Report on vaccination in the Province of Bengal - 1874-1889
Year: 1874
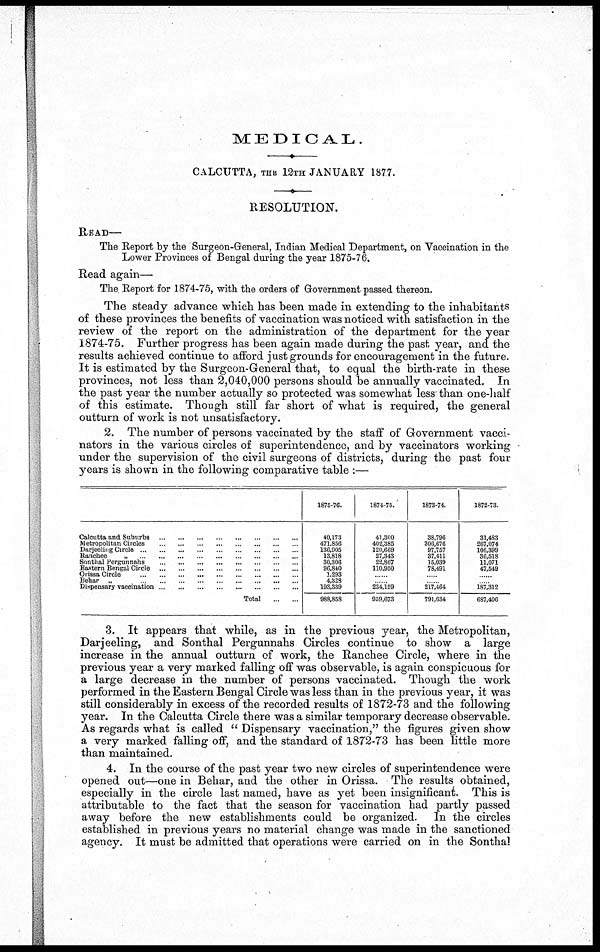
MEDICAL.
CALCUTTA, THE 12TH JANUARY 1877.
RESOLUTION.
READ—
The Report by the Surgeon-General, Indian Medical Department, on Vaccination in the
Lower Provinces of Bengal during the year 1875-76.
Read again—
The Report for 1874-75, with the orders of Government passed thereon.
The steady advance which has been made in extending to the inhabitants
of these provinces the benefits of vaccination was noticed with satisfaction in the
review of the report on the administration of the department for the year
1874-75. Further progress has been again made during the past year, and the
results achieved continue to afford just grounds for encouragement in the future.
It is estimated by the Surgeon-General that, to equal the birth-rate in these
provinces, not less than 2,040,000 persons should be annually vaccinated. In
the past year the number actually so protected was somewhat less' than one-half
of this estimate. Though still far short of what is required, the general
outturn of work is not unsatisfactory.
2. The number of persons vaccinated by the staff of Government vacci-
nators in the various circles of superintendence, and by vaccinators working
under the supervision of the civil surgeons of districts, during the past four
years is shown in the following comparative table :—
Calcutta and Suburbs ... ... ... ... ... ... ... ...
Metropolitan ... ... ... ... ... ... ... ...
Darjeeling Circle ... ... ... ... ... ... ... ... ...
Ranchee
„
...
...
...
...
...
...
...
...
...
Sonthal Pergunnahs
...
...
...
...
...
...
...
...
Eastern Bengal Circle
...
...
...
...
...
...
...
...
...
Orissa Circle
...
...
...
...
...
...
...
...
...
Behar „
...
...
...
...
...
...
...
...
...
Dispensary vaccination
...
...
...
...
...
...
...
...
Total
...
...
1875-76.
40,173
471,856
136,905
13,818
30,306
96,840
1,293
4,328
193,339
988,858
1874-75.
41,300
402,385
120,669
27,343
22,867
110,950
......
......
234,159
959,673
1873-74.
38,796
306,676
97,757
37,411
15,039
78,491
......
......
217,464
791,634
1872-73.
31,483
267,074
106,399
36,518
11,071
47,549
......
......
187,312
687,406
3. It appears that while, as in the previous year, the Metropolitan,
Darjeeling, and Sonthal Pergunnahs Circles continue to show a large
increase in the annual outturn of work, the Ranchee Circle, where in the
previous year a very marked falling off was observable, is again conspicuous for
a large decrease in the number of persons vaccinated. Though the work
performed in the Eastern Bengal Circle was less than in the previous year, it was
still considerably in excess of the recorded results of 1872-73 and the following
year. In the Calcutta Circle there was a similar temporary decrease observable.
As regards what is called " Dispensary vaccination," the figures given show
a very marked falling off, and the standard of 1872-73 has been little more
than maintained.
4. In the course of the past year two new circles of superintendence were
opened out—one in Behar, and the other in Orissa. The results obtained,
especially in the circle last named, have as yet been insignificant. This is
attributable to the fact that the season for vaccination had partly passed
away before the new establishments could be organized. In the circles
established in previous years no material change was made in the sanctioned
agency. It must be admitted that operations were carried on in the Sonthal